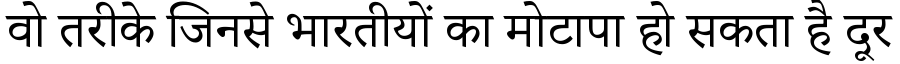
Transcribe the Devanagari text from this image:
वो तरीके जिनसे भारतीयों का मोटापा हो सकता है दूर